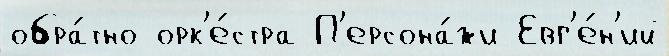
обра́тно орк'е́стра П'ерсона́жи Евг'е́н'ий